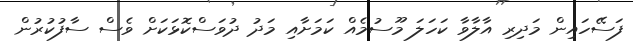
ފަސޭހައިން މަދިރި އާލާވާ ކަހަލަ މޫސުމެއް ކަމަށާއި މަދު ދުވަސްކޮޅަކަށް ވެސް ސާފުކުރުން